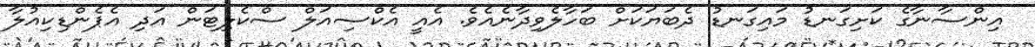
އިންސާނާގެ ކަށިގަނޑު މައިގަނޑު ދެބަޔަކަށް ބަހާލެވިދާނެއެވެ. އެއީ އެކްސިއަލް ސްކެލިޓަން އަދި އެޕެންޑިކިއުލާ